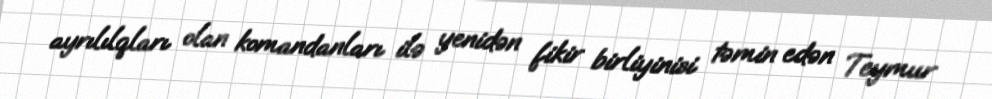
ayrılılqları olan komandanları ilə yenidən fikir birliyinisi təmin edən Teymur